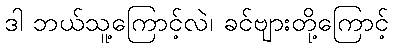
ဒါ ဘယ်သူ့ကြောင့်လဲ၊ ခင်ဗျားတို့ကြောင့်